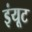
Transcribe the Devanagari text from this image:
इंयूट